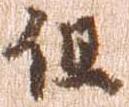
但